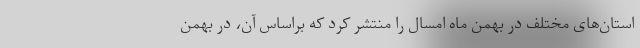
استان‌های مختلف در بهمن ماه امسال را منتشر کرد که براساس آن، در بهمن